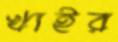
খাইর